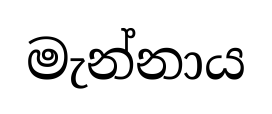
මැන්නාය